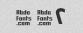
۲� �